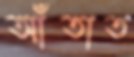
আঁতাত